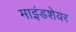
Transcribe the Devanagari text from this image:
माइंडशेयर